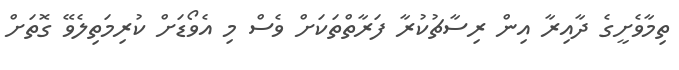
ތިމާވެށީގެ ދާއިރާ އިން ރިސާޗުކުރާ ފަރާތްތަކަށް ވެސް މި އެވޯޑަށް ކުރިމަތިލެވޭ ގޮތަށް